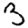
Digit: 3